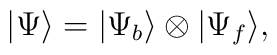
|\Psi\rangle =|\Psi_b\rangle \otimes |\Psi_f\rangle,